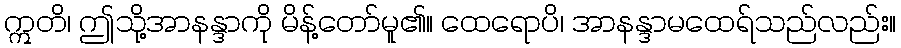
ဣတိ၊ ဤသို့အာနန္ဒာကို မိန့်တော်မူ၏။ ထေရောပိ၊ အာနန္ဒာမထေရ်သည်လည်း။